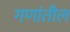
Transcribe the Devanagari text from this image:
गणांतील